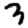
Digit: 3